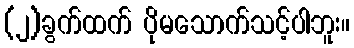
(၂)ခွက်ထက် ပိုမသောက်သင့်ပါဘူး။